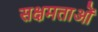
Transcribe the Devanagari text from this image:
सक्षमताओं